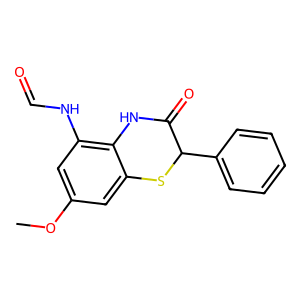
SMILES: COc1cc(NC=O)c2c(c1)SC(c1ccccc1)C(=O)N2
Inhibits HIV replication: No